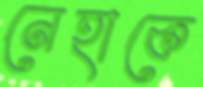
নেহাকে